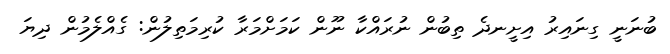
ބުނަނީ ގިނައިރު އިށީނދެ ތިބުން ނުރައްކާ ނޫން ކަމަށްމަރާ ކުރިމަތިލުން: ގެއްލެމުން ދިޔަ